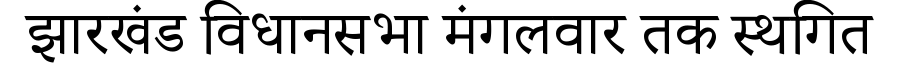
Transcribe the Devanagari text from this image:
झारखंड विधानसभा मंगलवार तक स्थगित